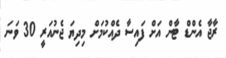
ރާޖާ އެންޑް ޓާން އަށް ފައިސާ ދެއްކުމަށް މިދިޔަ ޖެނުއަރީ 30 ވަނަ